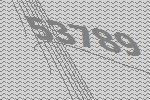
53789